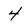
Character: 4